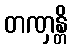
တဏှန္တိ